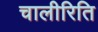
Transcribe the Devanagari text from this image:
चालीरिति